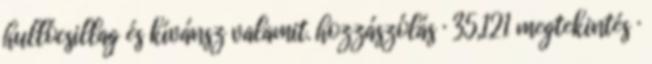
hullócsillag és kívánsz valamit. hozzászólás · 35,121 megtekintés ·